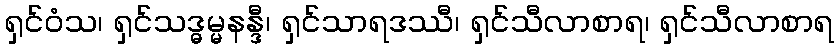
ရှင်ဝံသ၊ ရှင်သဒ္ဓမ္မနန္ဒီ၊ ရှင်သာရဒဿီ၊ ရှင်သီလာစာရ၊ ရှင်သီလာစာရ